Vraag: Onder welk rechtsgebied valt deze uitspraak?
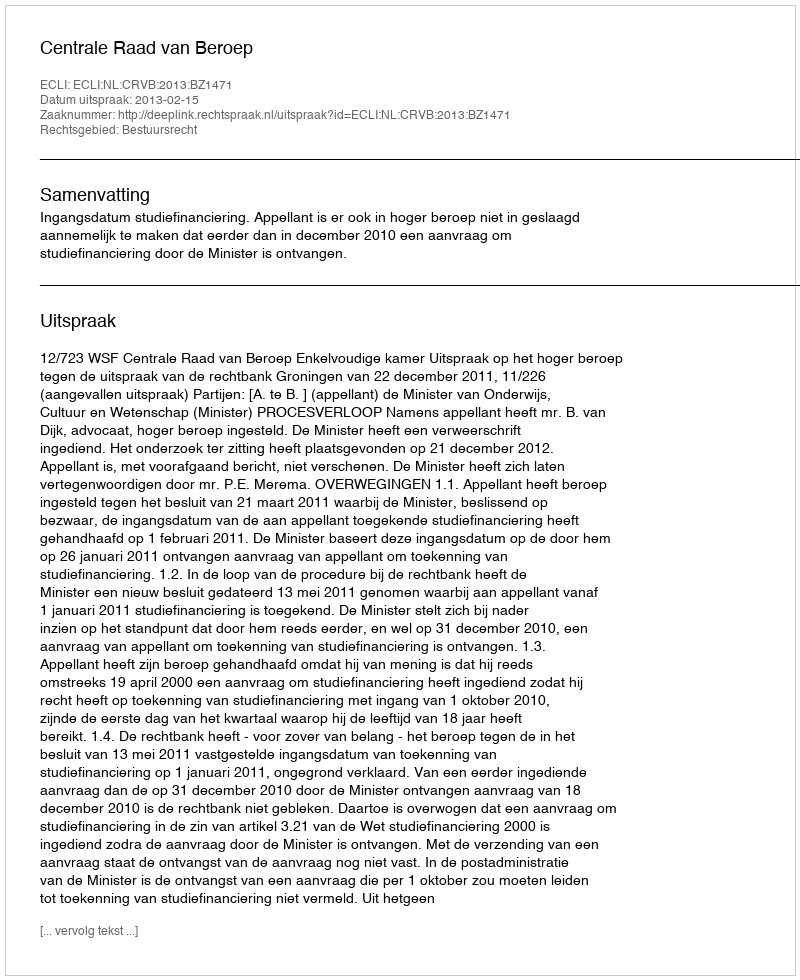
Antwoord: Bestuursrecht